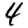
Digit: 4